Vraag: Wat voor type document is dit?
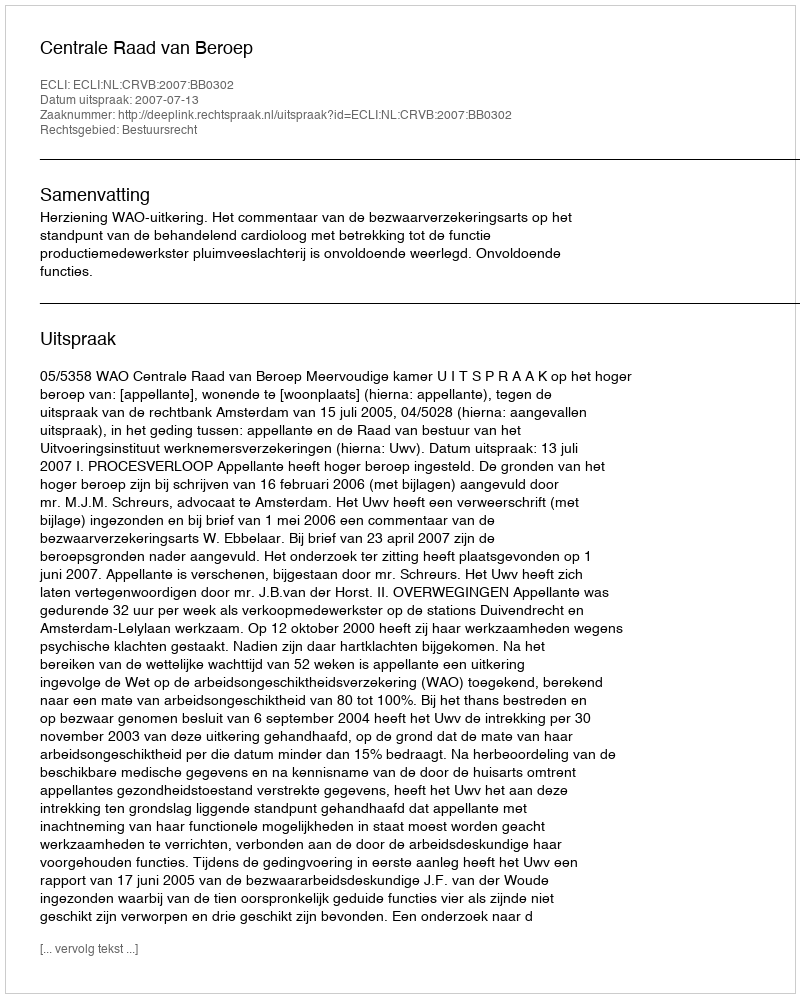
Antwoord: Uitspraak